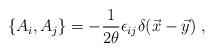
LaTeX: \begin{align*}\{A_i,A_j\} = -{1\over 2\theta} \epsilon_{ij} \delta(\vec x-\vec y)~,\end{align*}